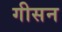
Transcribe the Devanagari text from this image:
गीसन